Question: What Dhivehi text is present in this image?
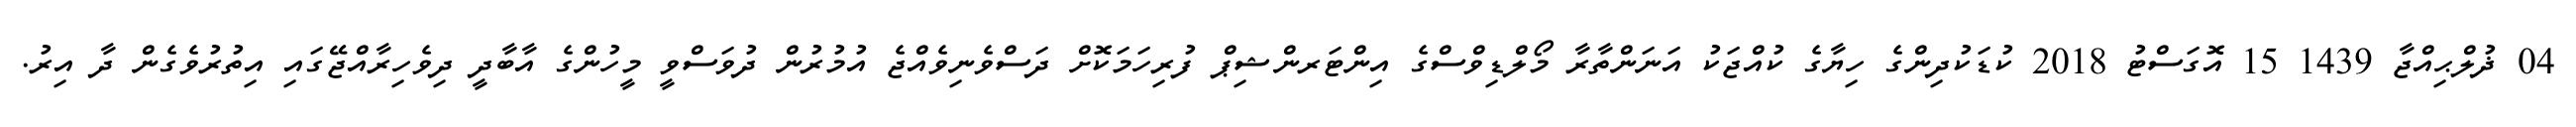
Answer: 04 ޛުލްޙިއްޖާ 1439 15 އޮގަސްޓު 2018 ކުޑަކުދިންގެ ހިޔާގެ ކުއްޖަކު އަނަންތާރާ މޯލްޑިވްސްގެ އިންޓަރންޝިޕް ފުރިހަމަކޮށް ދަސްވެނިވެއްޖެ އުމުރުން ދުވަސްވީ މީހުންގެ އާބާދީ ދިވެހިރާއްޖޭގައި އިތުރުވެގެން ދާ އިރު.